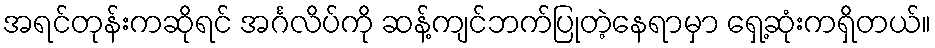
အရင်တုန်းကဆိုရင် အင်္ဂလိပ်ကို ဆန့်ကျင်ဘက်ပြုတဲ့နေရာမှာ ရှေ့ဆုံးကရှိတယ်။